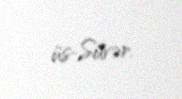
üs-Süvər.